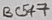
Text: BC547